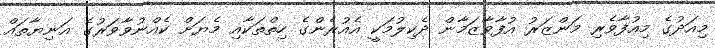
މިއަދުގެ މިއުފާވެރި މަންޒަރު އުފާވާޒަމާން ދެކިލުމަކީ އެއުރެންގެ ހިތްތަކާއި މެޔަށް ކެއްނުވާވަރުގެ އަނިޔާތައް